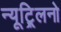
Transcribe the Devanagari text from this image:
न्यूट्र्लिनो